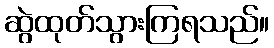
ဆွဲထုတ်သွားကြရသည်။